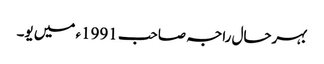
بہرحال راجہ صاحب 1991ء میں یو۔